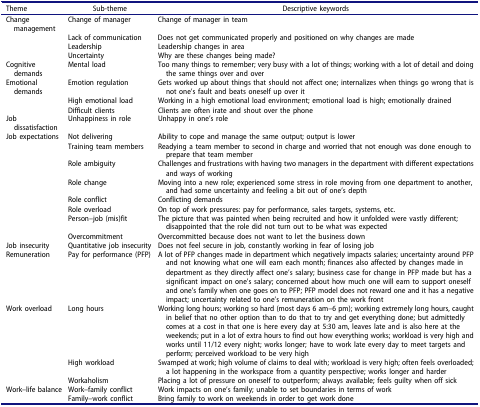
<table><thead><tr><td><b>Theme</b></td><td><b>Sub-theme</b></td><td><b>Descriptive keywords</b></td></tr></thead><tbody><tr><td>Change management</td><td>Change of manager</td><td>Change of manager in team</td></tr><tr><td> </td><td>Lack of communication</td><td>Does not get communicated properly and positioned on why changes are made</td></tr><tr><td> </td><td>Leadership</td><td>Leadership changes in area</td></tr><tr><td> </td><td>Uncertainty</td><td>Why are these changes being made?</td></tr><tr><td>Cognitive demands</td><td>Mental load</td><td>Too many things to remember; very busy with a lot of things; working with a lot of detail and doing the same things over and over</td></tr><tr><td>Emotional demands</td><td>Emotion regulation</td><td>Gets worked up about things that should not affect one; internalizes when things go wrong that is not one’s fault and beats oneself up over it</td></tr><tr><td> </td><td>High emotional load</td><td>Working in a high emotional load environment; emotional load is high; emotionally drained</td></tr><tr><td> </td><td>Difficult clients</td><td>Clients are often irate and shout over the phone</td></tr><tr><td>Job dissatisfaction</td><td>Unhappiness in role</td><td>Unhappy in one’s role</td></tr><tr><td>Job expectations</td><td>Not delivering</td><td>Ability to cope and manage the same output; output is lower</td></tr><tr><td> </td><td>Training team members</td><td>Readying a team member to second in charge and worried that not enough was done enough to prepare that team member</td></tr><tr><td> </td><td>Role ambiguity</td><td>Challenges and frustrations with having two managers in the department with different expectations and ways of working</td></tr><tr><td> </td><td>Role change</td><td>Moving into a new role; experienced some stress in role moving from one department to another, and had some uncertainty and feeling a bit out of one’s depth</td></tr><tr><td> </td><td>Role conflict</td><td>Conflicting demands</td></tr><tr><td> </td><td>Role overload</td><td>On top of work pressures: pay for performance, sales targets, systems, etc.</td></tr><tr><td> </td><td>Person–job (mis)fit</td><td>The picture that was painted when being recruited and how it unfolded were vastly different; disappointed that the role did not turn out to be what was expected</td></tr><tr><td> </td><td>Overcommitment</td><td>Overcommitted because does not want to let the business down</td></tr><tr><td>Job insecurity</td><td>Quantitative job insecurity</td><td>Does not feel secure in job, constantly working in fear of losing job</td></tr><tr><td>Remuneration</td><td>Pay for performance (PFP)</td><td>A lot of PFP changes made in department which negatively impacts salaries; uncertainty around PFP and not knowing what one will earn each month; finances also affected by changes made in department as they directly affect one’s salary; business case for change in PFP made but has a significant impact on one’s salary; concerned about how much one will earn to support oneself and one’s family when one goes on to PFP; PFP model does not reward one and it has a negative impact; uncertainty related to one’s remuneration on the work front</td></tr><tr><td>Work overload</td><td>Long hours</td><td>Working long hours; working so hard (most days 6 am–6 pm); working extremely long hours, caught in belief that no other option than to do that to try and get everything done; but admittedly comes at a cost in that one is here every day at 5:30 am, leaves late and is also here at the weekends; put in a lot of extra hours to find out how everything works; workload is very high and works until 11/12 every night; works longer; have to work late every day to meet targets and perform; perceived workload to be very high</td></tr><tr><td> </td><td>High workload</td><td>Swamped at work; high volume of claims to deal with; workload is very high; often feels overloaded; a lot happening in the workspace from a quantity perspective; works longer and harder</td></tr><tr><td> </td><td>Workaholism</td><td>Placing a lot of pressure on oneself to outperform; always available; feels guilty when off sick</td></tr><tr><td>Work–life balance</td><td>Work–family conflict</td><td>Work impacts on one’s family; unable to set boundaries in terms of work</td></tr><tr><td> </td><td>Family–work conflict</td><td>Bring family to work on weekends in order to get work done</td></tr></tbody></table>